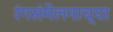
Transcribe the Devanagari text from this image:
रंगसंमेलनाच्या